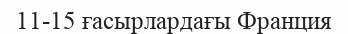
11-15 ғасырлардағы Франция